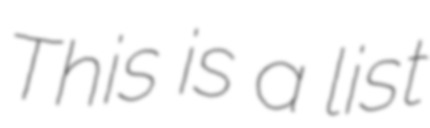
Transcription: This is a list